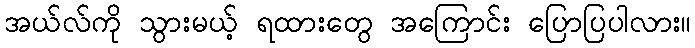
အယ်လ်ကို သွားမယ့် ရထားတွေ အကြောင်း ပြောပြပါလား။